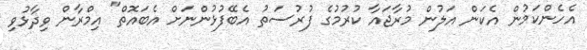
އެހެންކަމުން އެކަން އަލުން މުރާޖައާ ކުރުމުގެ ފުރުސަތު އެބޭފުޅުންނަށް އެބައޮތް" އިމްރާން ވިދާޅުވި